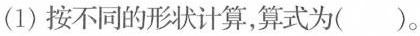
(1)按不同的形状计算，算式为( )。